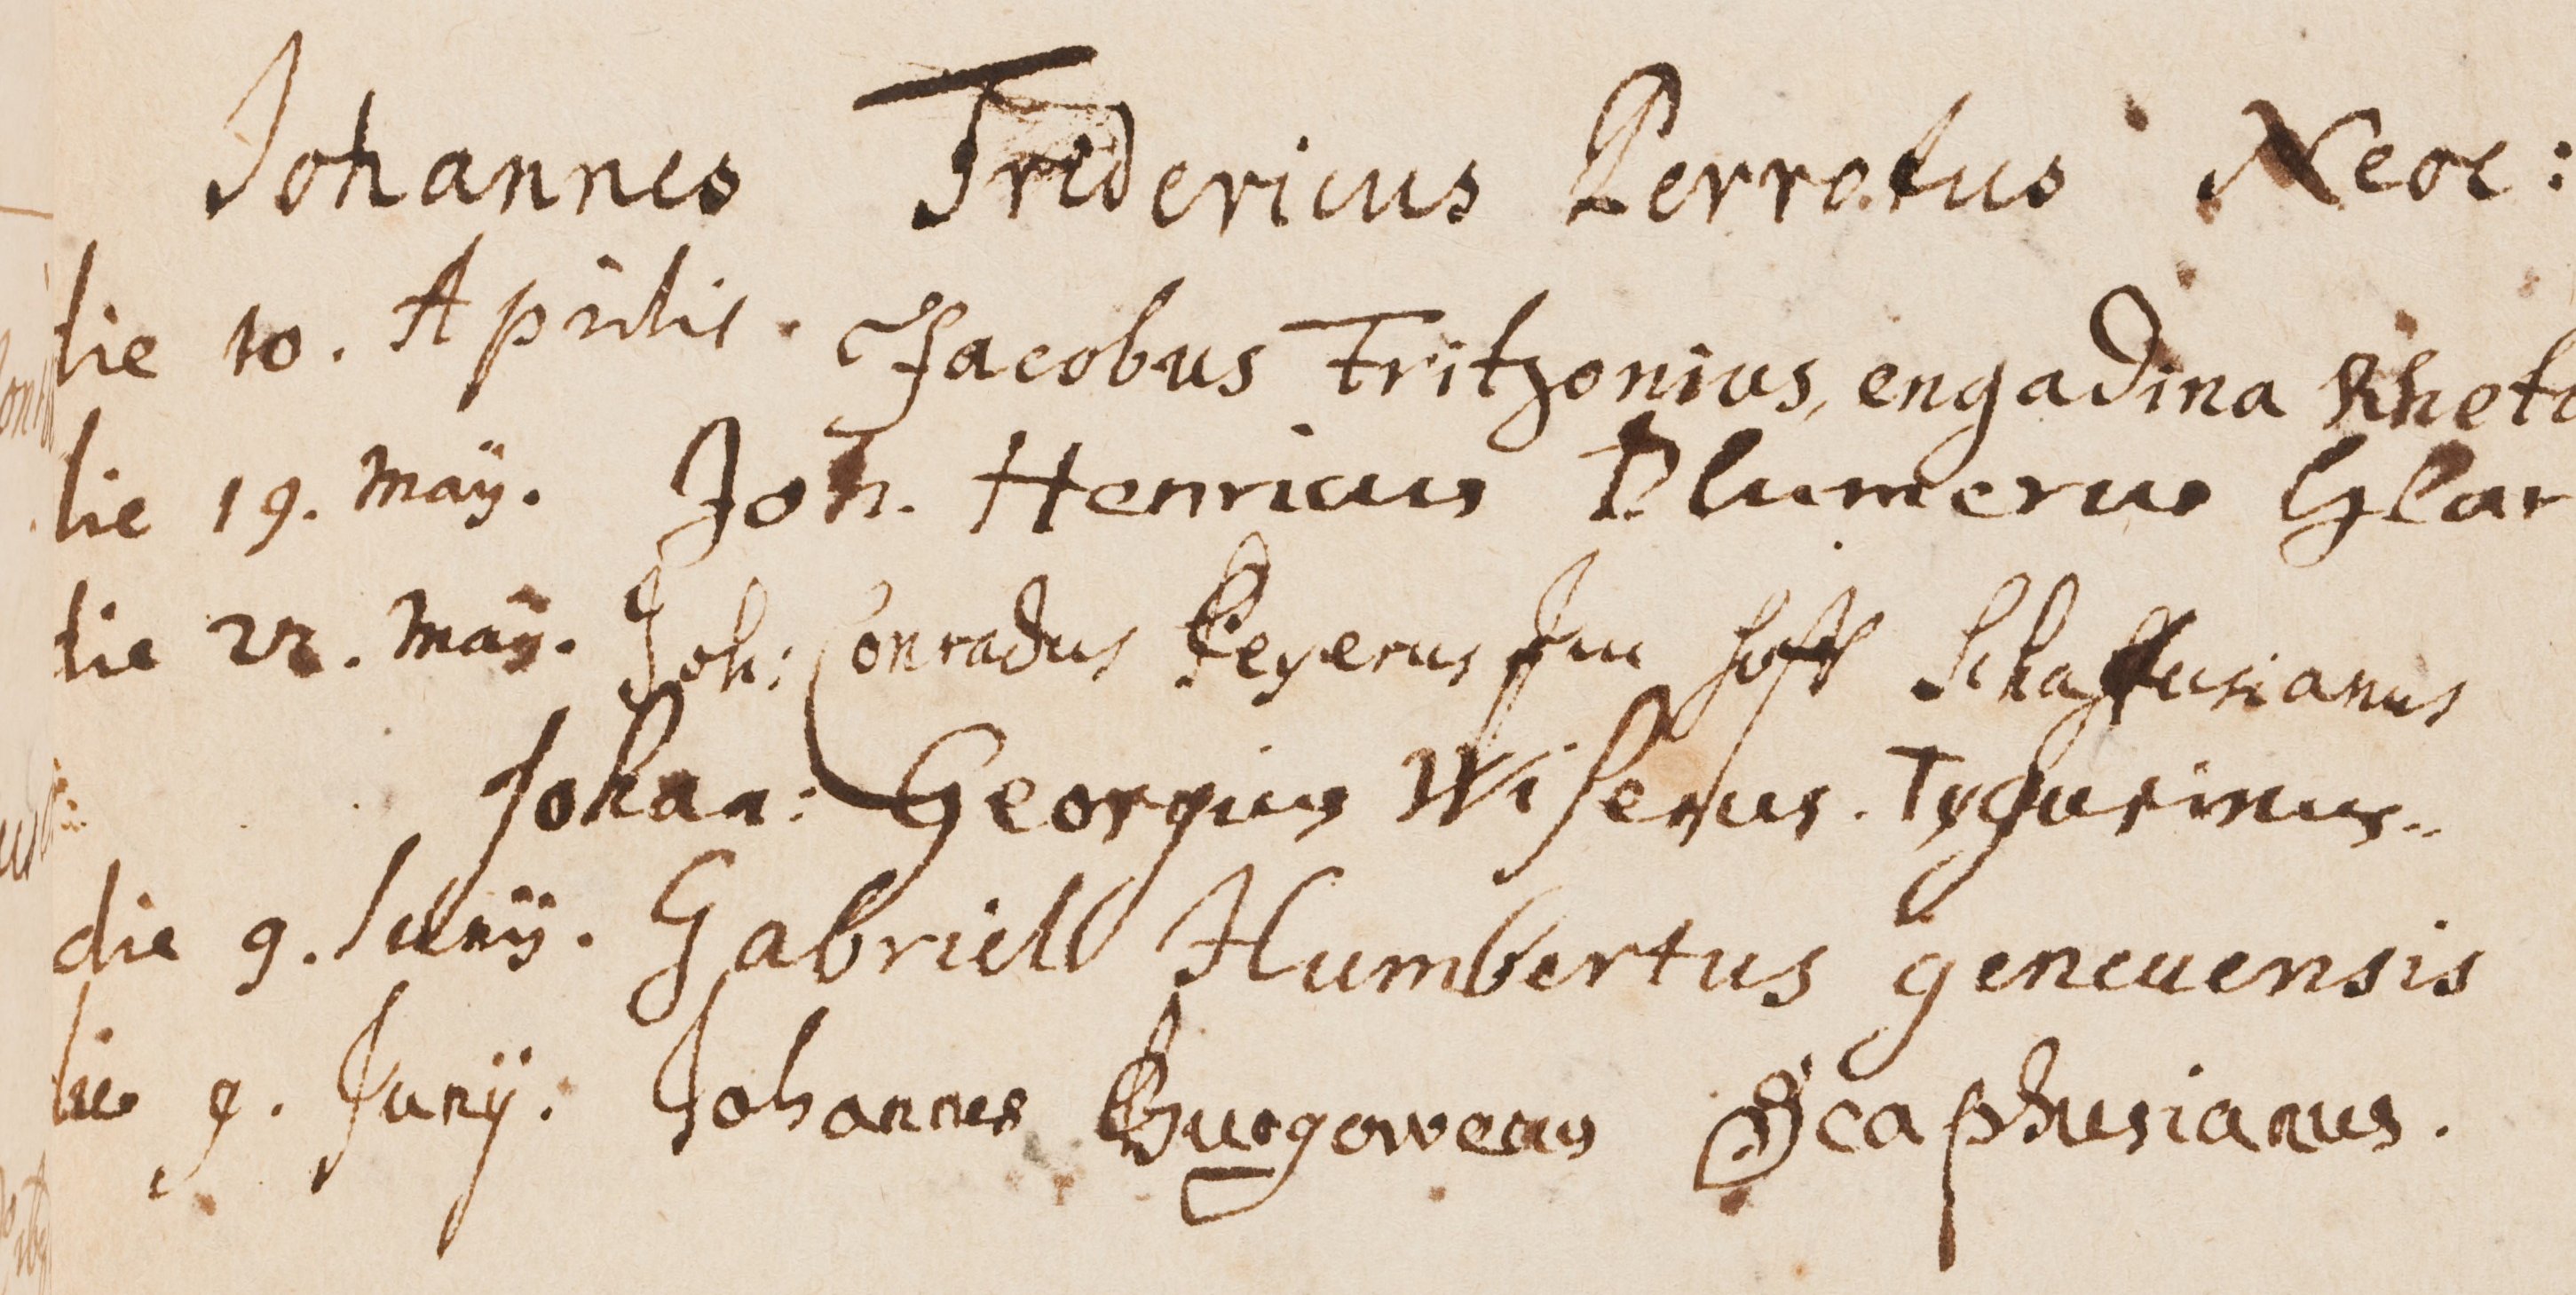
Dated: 1599–1837